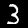
Label: 3